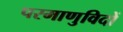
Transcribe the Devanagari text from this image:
परमाणुविदों